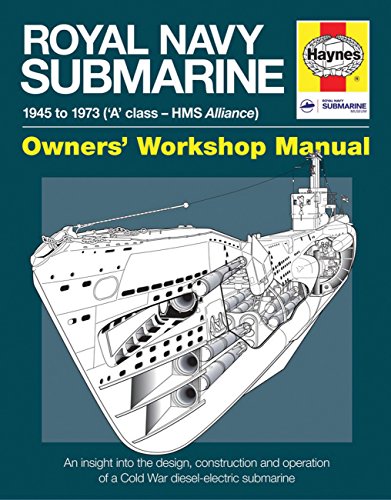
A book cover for Royal Navy Submarine: 1945 to 1973 ('A' class - HMS Alliance) (Owners' Workshop Manual); Peter Goodwin; Engineering & Transportation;